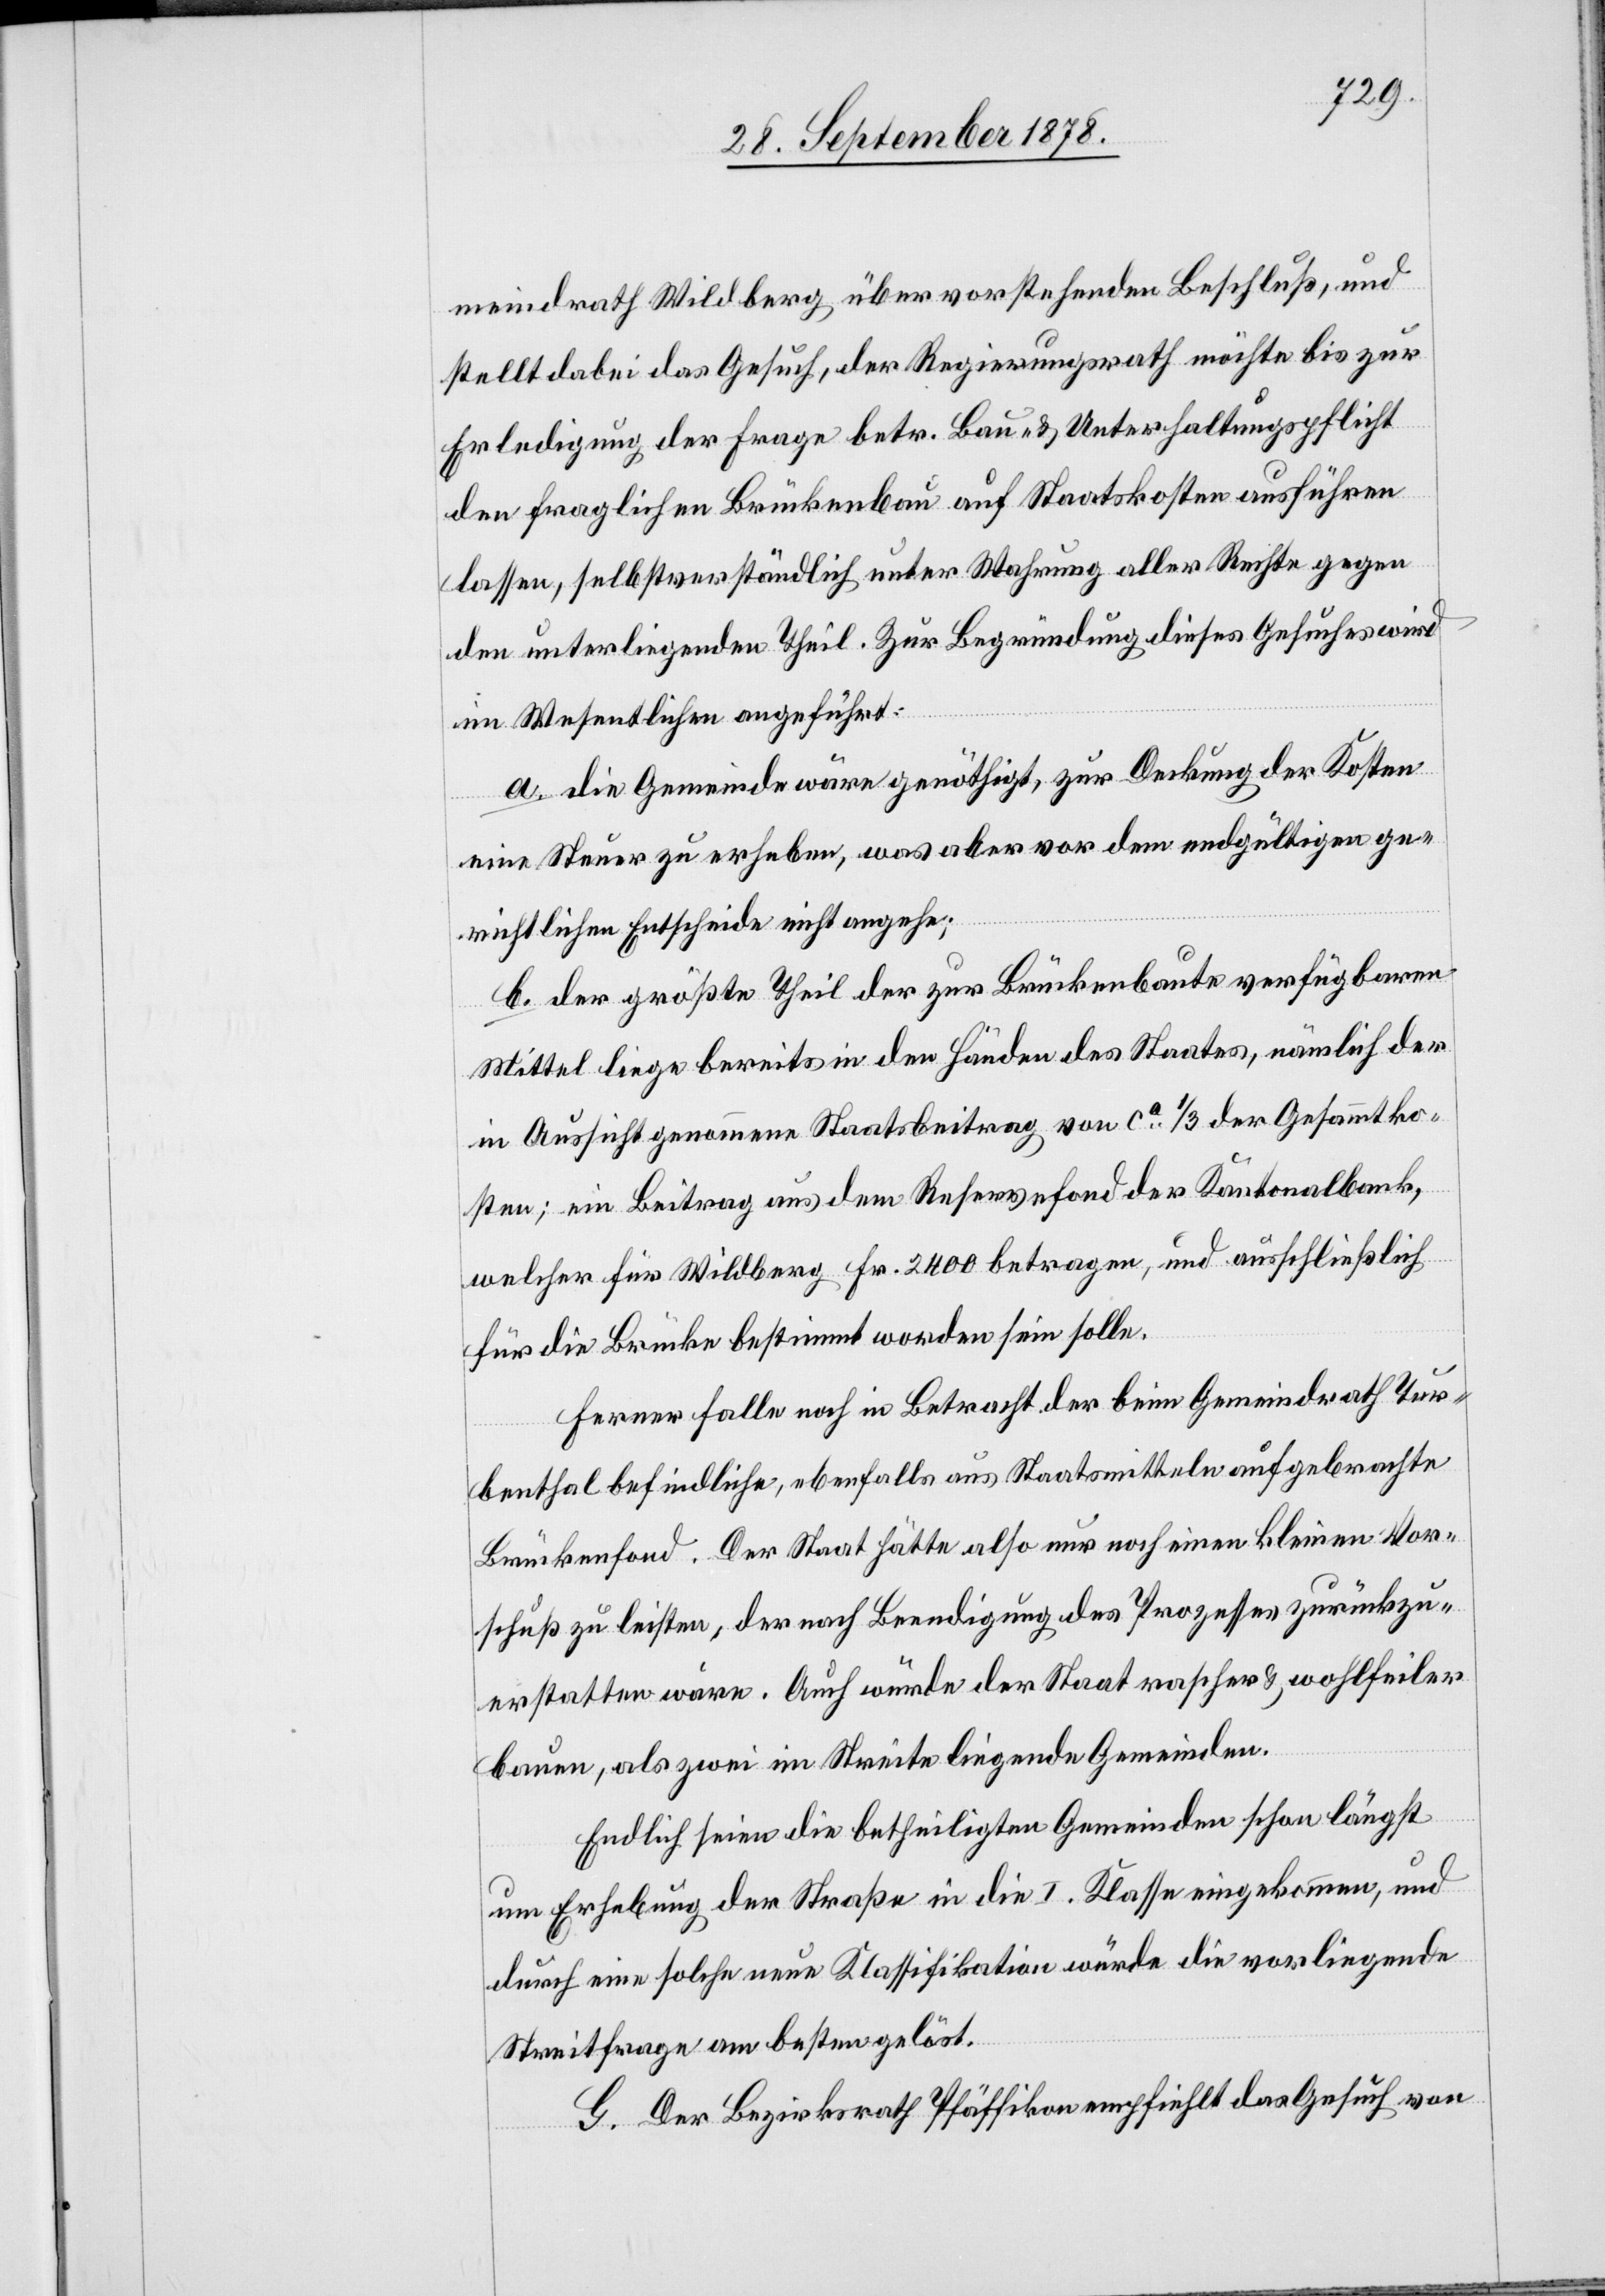
meindrath Wildberg über vorstehenden Beschluß, und
stellt dabei das Gesuch, der Regierungsrath möchte bis zur
Erledigung der Frage betr. Bau- & Unterhaltungspflicht
den fraglichen Brückenbau auf Staatskosten ausführen
lassen, selbstverständlich unter Wahrung aller Rechte gegen
den unterliegenden Theil. Zur Begründung dieses Gesuches wird
im Wesentlichen angeführt:
a. die Gemeinde wäre genöthigt, zur Deckung der Kosten
eine Steuer zu erheben, was aber vor dem endgültigen ge¬
richtlichen Entscheide nicht angehe;
b. der größte Theil der zur Brückenbaute verfügbaren
Mittel liege bereits in den Händen des Staates, nämlich der
in Aussicht genommene Staatsbeitrag von ca 1/3 Der Gesammtko¬
sten; ein Beitrag aus dem Reservefond der Kantonalbank,
welcher für Wildberg Fr. 2400 betragen, und ausschließlich
für die Brücke bestimmt worden sein solle.
Ferner falle noch in Betracht der beim Gemeindrath Tur¬
benthal befindliche, ebenfalls aus Staatsmitteln aufgebrachte
Brückenfond. Der Staat hätte also nur noch einen kleinen Vor¬
schuß zu leisten, der nach Beendigung des Prozesses zurückzu¬
erstatten wäre. Auch würde der Staat rascher & wohlfeiler
bauen, als zwei im Streite liegende Gemeinden.
Endlich seien die betheiligten Gemeinden schon längst
um Erhebung der Straße in die I. Klasse eingekommen, und
durch eine solche neue Klassifikation würde die vorliegende
Streitfrage am besten gelöst.
G. Der Bezirksrath Pfäffikon empfiehlt das Gesuch von